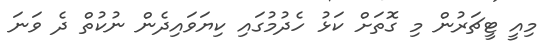
މިއީ ޓީޗަރުން މި ގޮތަށް ކަޅު ހެދުމުގައި ކިޔަވައިދެން ނުކުތް ދެ ވަނަ